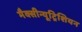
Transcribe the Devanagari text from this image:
मैक्सीन्यूट्रिशियन